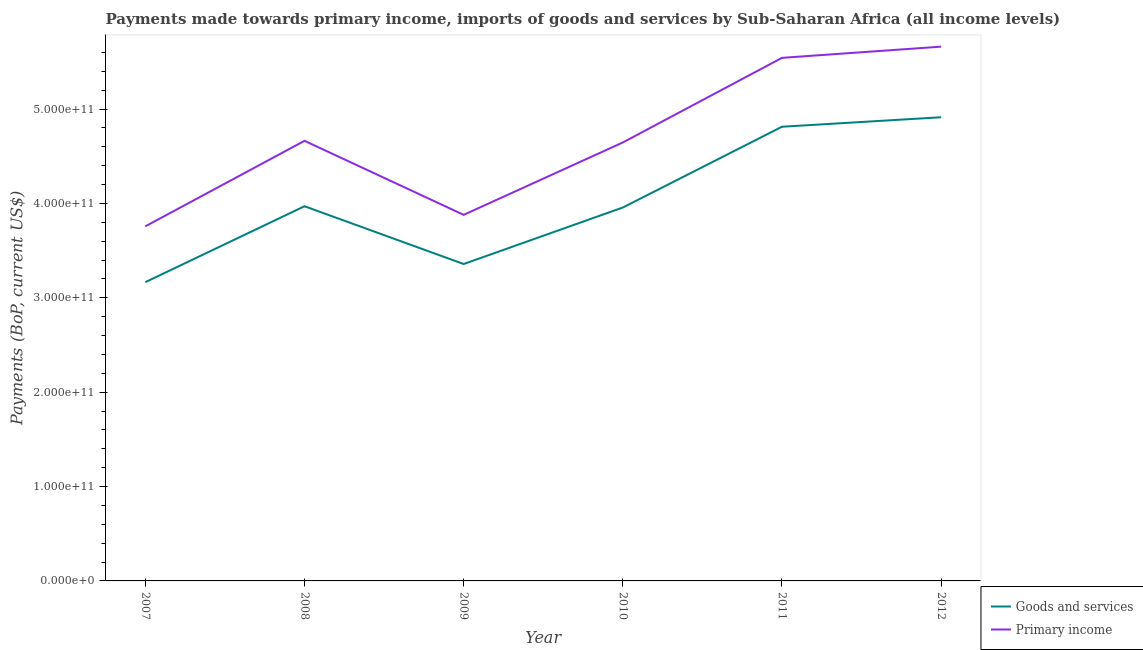
| Year | Goods and services | Primary income |
 | --- | --- | --- |
 | 2007 | 3.17e+11 | 3.76e+11 |
 | 2008 | 3.97e+11 | 4.66e+11 |
 | 2009 | 3.36e+11 | 3.88e+11 |
 | 2010 | 3.96e+11 | 4.65e+11 |
 | 2011 | 4.81e+11 | 5.54e+11 |
 | 2012 | 4.91e+11 | 5.66e+11 |